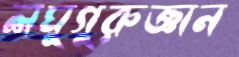
লঘুগুরুজ্ঞান